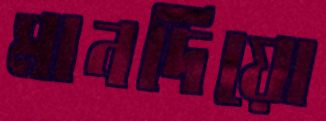
মানদিয়ো